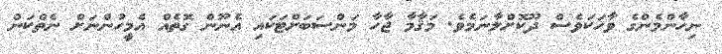
ނިހާންމެންގެ ވާހަކަވެސް ދޫކޮށްލާނަމެވެ. މަޤާމާ ޖާހާ މަންސަބަށްޓަކައި އެނޫން ގޮތެއް އެމީހުންނަށް ނެތްކަން